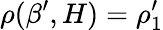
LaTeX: \rho(\beta^{\prime},H)=\rho_{1}^{\prime}